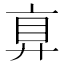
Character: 𢍓